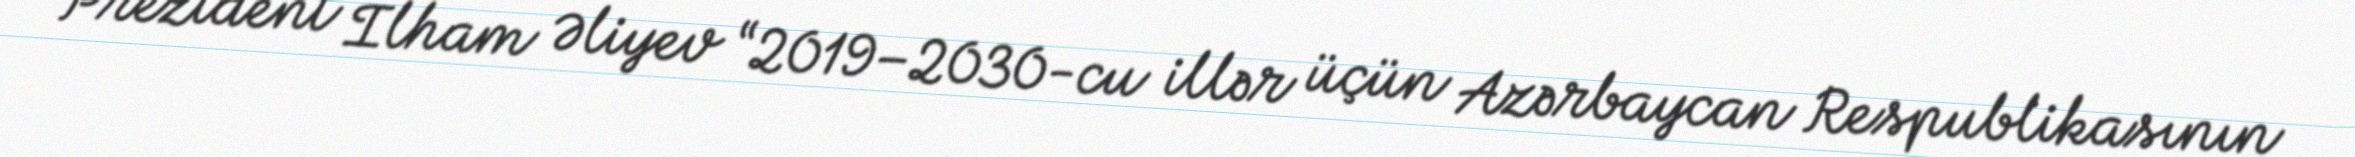
Prezident İlham Əliyev “2019–2030-cu illər üçün Azərbaycan Respublikasının